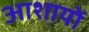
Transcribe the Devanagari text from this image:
आशायों